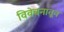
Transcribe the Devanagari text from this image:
विवेचनातून